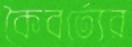
কৈবর্ত্যের